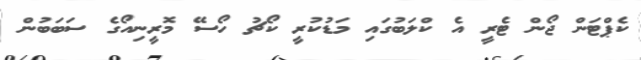
ކެޕްޓަން ޖޯން ޓެރީ އެ ކްލަބުގައި މަޑުކުރީ ކޯޗު ހޯސޭ މޮރީނިއޯގެ ސަބަބުން